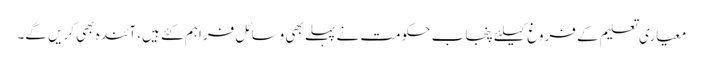
معیاری تعلیم کے فروغ کیلئے پنجاب حکومت نے پہلے بھی وسائل فراہم کئے ہیں، آئندہ بھی کریں گے۔